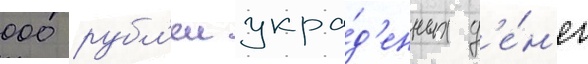
000 рубл'еи укра́д'енных д'е́н'ег